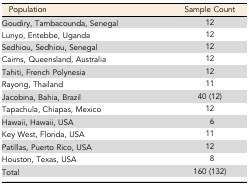
<table><thead><tr><td><b>Population</b></td><td><b>Sample Count</b></td></tr></thead><tbody><tr><td>Goudiry, Tambacounda, Senegal</td><td>12</td></tr><tr><td>Lunyo, Entebbe, Uganda</td><td>12</td></tr><tr><td>Sedhiou, Sedhiou, Senegal</td><td>12</td></tr><tr><td>Cairns, Queensland, Australia</td><td>12</td></tr><tr><td>Tahiti, French Polynesia</td><td>12</td></tr><tr><td>Rayong, Thailand</td><td>11</td></tr><tr><td>Jacobina, Bahia, Brazil</td><td>40 (12)</td></tr><tr><td>Tapachula, Chiapas, Mexico</td><td>12</td></tr><tr><td>Hawaii, Hawaii, USA</td><td>6</td></tr><tr><td>Key West, Florida, USA</td><td>11</td></tr><tr><td>Patillas, Puerto Rico, USA</td><td>12</td></tr><tr><td>Houston, Texas, USA</td><td>8</td></tr><tr><td>Total</td><td>160 (132)</td></tr></tbody></table>